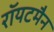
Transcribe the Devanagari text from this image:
रॉयटमैन